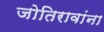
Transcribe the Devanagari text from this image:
जोतिरावांना